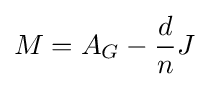
M=A_{G}-{\frac {d}{n}}J